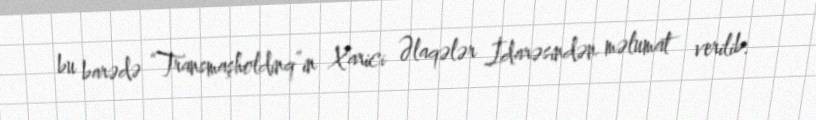
bu barədə “Transmaşholdinq”in Xarici Əlaqələr İdarəsindən məlumat verilib.